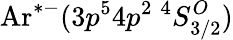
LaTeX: \mathrm{Ar}^{*-}(3p^{5}4p^{2}\ ^{4}S_{3/2}^{O})